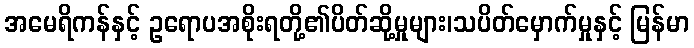
အမေရိကန်နှင့် ဥရောပအစိုးရတို့၏ပိတ်ဆို့မှုများ၊သပိတ်မှောက်မှုနှင့် မြန်မာ